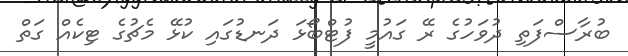
ބުރާސްފަތި ދުވަހުގެ ރޭ ގައުމީ ފުޓްބޯޅަ ދަނޑުގައި ކުޅޭ މެޗުގެ ޓިކެއް ގަތް